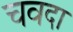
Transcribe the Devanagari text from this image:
चवदा